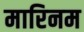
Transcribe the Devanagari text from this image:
मारिनम